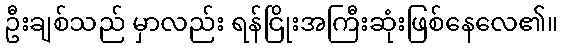
ဦးချစ်သည် မှာလည်း ရန်ငြိုးအကြီးဆုံးဖြစ်နေလေ၏။